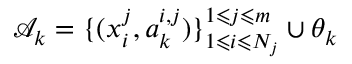
\mathcal { A } _ { k } = \{ ( x _ { i } ^ { j } , a _ { k } ^ { i , j } ) \} _ { 1 \leqslant i \leqslant N _ { j } } ^ { 1 \leqslant j \leqslant m } \cup \theta _ { k }